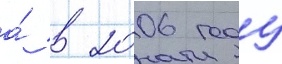
а́ в 2006 году